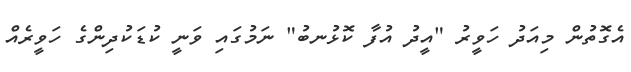
އެގޮތުން މިއަދު ހަވީރު "އީދު އުފާ ކޮޅުނބު" ނަމުގައި ވަނީ ކުޑަކުދިންގެ ހަވީރެއް